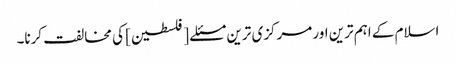
اسلام کے اہم ترین اور مرکزی ترین مسئلے [فلسطین] کی مخالفت کرنا۔